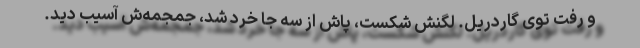
و رفت توی گاردریل. لگنش شکست، پاش از سه جا خرد شد، جمجمه‌ش آسیب دید.